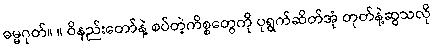
ဓမ္မဂုတ်။ ။ ဝိနည်းတော်နဲ့ စပ်တဲ့ကိစ္စတွေကို ပုရွက်ဆိတ်အုံ တုတ်နဲ့ဆွသလို